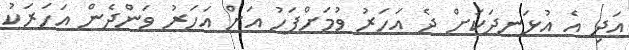
އަދި އެ އުޅަނދަކަށް ދެ އަހަރު ވުމަށްފަހު އަށް އަހަރު ވަންދެން އަހަރަކު